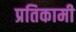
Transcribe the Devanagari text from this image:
प्रतिकामी